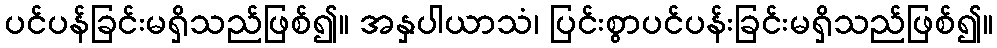
ပင်ပန်ခြင်းမရှိသည်ဖြစ်၍။ အနှပါယာသံ၊ ပြင်းစွာပင်ပန်းခြင်းမရှိသည်ဖြစ်၍။